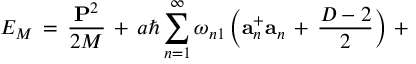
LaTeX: E _ { M } \, = \, \frac { { \bf P } ^ { 2 } } { 2 M } \, + \, a \hbar \sum _ { n = 1 } ^ { \infty } \omega _ { n 1 } \left( { \bf a } _ { n } ^ { + } { \bf a } _ { n } \, + \, \frac { D - 2 } { 2 } \right) \, +